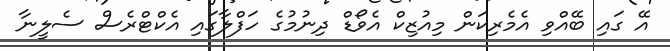
އޭ ގައި ބޭއްވި އެމެރިކަން މިއުޒިކް އެވޯޑް ދިނުމުގެ ހަފްލާގައި އެކްޓްރެސް ސެލީނާ